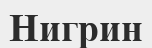
Нигрин